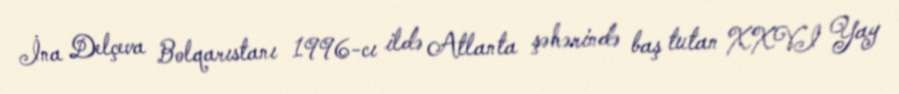
İna Delçeva Bolqarıstanı 1996-cı ildə Atlanta şəhərində baş tutan XXVI Yay